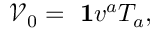
{ \ \mathcal { V } } _ { 0 } = \mathrm { { \bf ~ 1 } } v ^ { a } T _ { a } ,